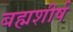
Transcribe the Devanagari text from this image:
बह्मशीर्ष